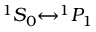
^ 1 S _ { 0 } { \leftrightarrow } ^ { 1 } P _ { 1 }